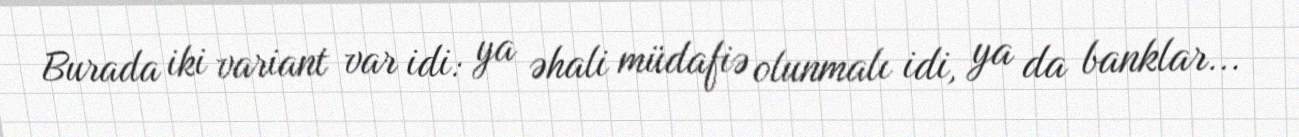
Burada iki variant var idi: ya əhali müdafiə olunmalı idi, ya da banklar...